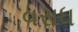
વરાધ